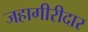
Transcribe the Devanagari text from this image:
जहागीरीदार